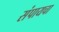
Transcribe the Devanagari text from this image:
संपायचा